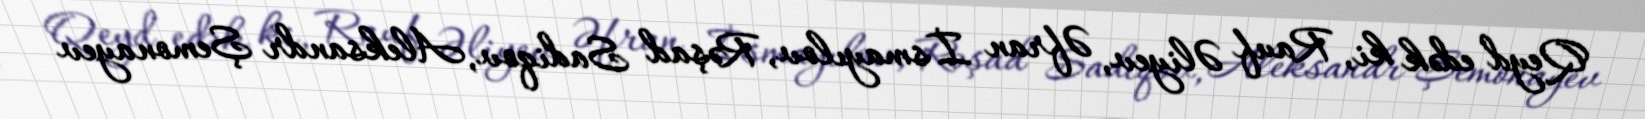
Qeyd edək ki, Rauf Əliyev, Əfran İsmayılov, Rəşad Sadiqov, Aleksandr Şemonayev